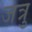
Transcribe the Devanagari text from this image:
जत्रु